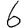
Digit: 6